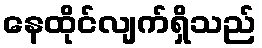
နေထိုင်လျက်ရှိသည်